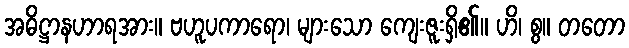
အဓိဋ္ဌာနဟာရအား။ ဗဟူပကာရော၊ များသော ကျေးဇူးရှိ၏။ ဟိ၊ စွ။ တတော